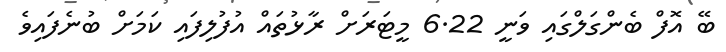
ބޭ އޮފް ބެންގަލްގައި ވަނީ 6.22 މީޓަރަށް ރާޅުތައް އުފުލިފައި ކަމަށް ބުނެފައިވެ